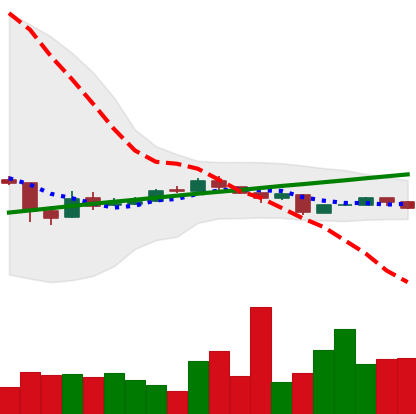
Ticker: BTC-USD
Chart end date: 2016-09-01
Forward return: 6.663%
Label: up_5_7